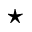
^ \star